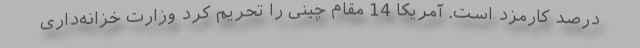
درصد کارمزد است. آمریکا 14 مقام چینی را تحریم کرد وزارت خزانه‌داری